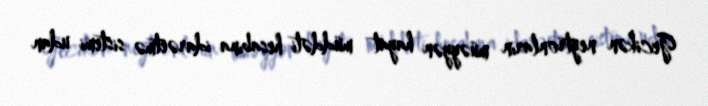
Gecikən neytronların müəyyən hayat müddəti hesabına idarəetmə sistemi udan